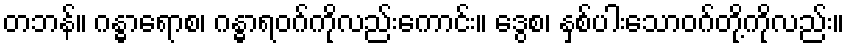
တဘန်။ ဂန္ဓာရောစ၊ ဂန္ဓာရဝဂ်ကိုလည်းကောင်း။ ဒွေစ၊ နှစ်ပါးသောဝဂ်တို့ကိုလည်း။